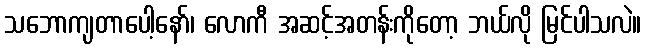
သဘောကျတာပေါ့နော်၊ လောကီ အဆင့်အတန်းကိုတော့ ဘယ်လို မြင်ပါသလဲ။